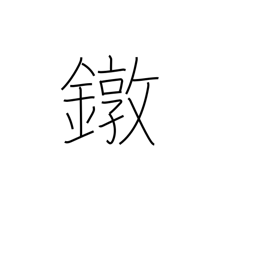
Meaning: ferrule